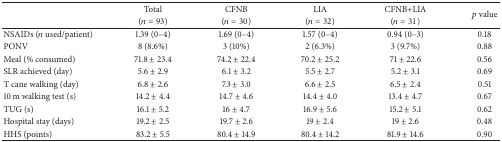
<table><thead><tr><td><b> </b></td><td><b>Total</b></td><td><b>CFNB</b></td><td><b>LIA</b></td><td><b>CFNB+LIA</b></td><td rowspan="2"><b><i>p</i> value</b></td></tr><tr><td><b> </b></td><td><b>(<i>n</i> = 93)</b></td><td><b>(<i>n</i> = 30)</b></td><td><b>(<i>n</i> = 32)</b></td><td><b>(<i>n</i> = 31)</b></td></tr></thead><tbody><tr><td>NSAIDs (<i>n</i> used/patient)</td><td>1.39 (0–4)</td><td>1.69 (0–4)</td><td>1.57 (0–4)</td><td>0.94 (0–3)</td><td>0.18</td></tr><tr><td>PONV</td><td>8 (8.6%)</td><td>3 (10%)</td><td>2 (6.3%)</td><td>3 (9.7%)</td><td>0.88</td></tr><tr><td>Meal (% consumed)</td><td>71.8 ± 23.4</td><td>74.2 ± 22.4</td><td>70.2 ± 25.2</td><td>71 ± 22.6</td><td>0.56</td></tr><tr><td>SLR achieved (day)</td><td>5.6 ± 2.9</td><td>6.1 ± 3.2</td><td>5.5 ± 2.7</td><td>5.2 ± 3.1</td><td>0.69</td></tr><tr><td>T cane walking (day)</td><td>6.8 ± 2.6</td><td>7.3 ± 3.0</td><td>6.6 ± 2.5</td><td>6.5 ± 2.4</td><td>0.51</td></tr><tr><td>10 m walking test (s)</td><td>14.2 ± 4.4</td><td>14.7 ± 4.6</td><td>14.4 ± 4.0</td><td>13.4 ± 4.7</td><td>0.67</td></tr><tr><td>TUG (s)</td><td>16.1 ± 5.2</td><td>16 ± 4.7</td><td>16.9 ± 5.6</td><td>15.2 ± 5.1</td><td>0.62</td></tr><tr><td>Hospital stay (days)</td><td>19.2 ± 2.5</td><td>19.7 ± 2.6</td><td>19 ± 2.4</td><td>19 ± 2.6</td><td>0.48</td></tr><tr><td>HHS (points)</td><td>83.2 ± 5.5</td><td>80.4 ± 14.9</td><td>80.4 ± 14.2</td><td>81.9 ± 14.6</td><td>0.90</td></tr></tbody></table>